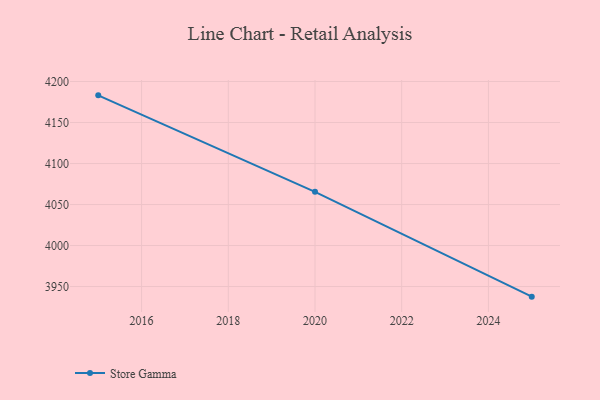
{"axis": {"x": "Year", "y": "Production Output"}, "legend": ["Store Gamma"], "data": [{"x": "2025", "y": 3937.7, "type": "Store Gamma"}, {"x": "2020", "y": 4065.5, "type": "Store Gamma"}, {"x": "2015", "y": 4183.1, "type": "Store Gamma"}]}